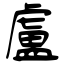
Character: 盧